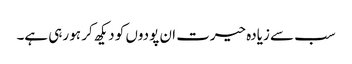
سب سے زیادہ حیرت ان پودوں کو دیکھ کر ہو رہی ہے۔